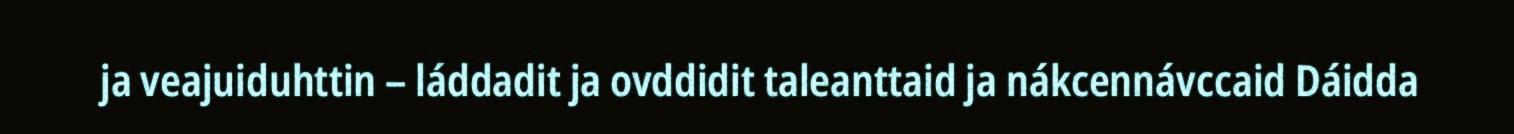
ja veajuiduhttin – láddadit ja ovddidit taleanttaid ja nákcennávccaid Dáidda